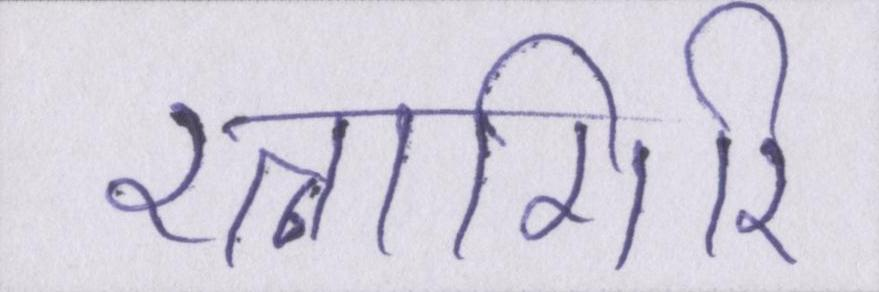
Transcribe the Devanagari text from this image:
रत्नागिरि